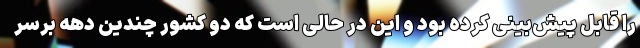
را قابل پیش‌بینی کرده بود و این در حالی است که دو کشور چندین دهه برسر